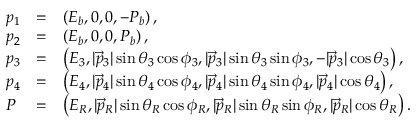
\begin{array} { l c l } { { p _ { 1 } } } & { { = } } & { { \left( E _ { b } , 0 , 0 , - P _ { b } \right) , } } \\ { { p _ { 2 } } } & { { = } } & { { \left( E _ { b } , 0 , 0 , P _ { b } \right) , } } \\ { { p _ { 3 } } } & { { = } } & { { \left( E _ { 3 } , | \vec { p } _ { 3 } | \sin \theta _ { 3 } \cos \phi _ { 3 } , | \vec { p } _ { 3 } | \sin \theta _ { 3 } \sin \phi _ { 3 } , - | \vec { p } _ { 3 } | \cos \theta _ { 3 } \right) , } } \\ { { p _ { 4 } } } & { { = } } & { { \left( E _ { 4 } , | \vec { p } _ { 4 } | \sin \theta _ { 4 } \cos \phi _ { 4 } , | \vec { p } _ { 4 } | \sin \theta _ { 4 } \sin \phi _ { 4 } , | \vec { p } _ { 4 } | \cos \theta _ { 4 } \right) , } } \\ { { P } } & { { = } } & { { \left( E _ { R } , | \vec { p } _ { R } | \sin \theta _ { R } \cos \phi _ { R } , | \vec { p } _ { R } | \sin \theta _ { R } \sin \phi _ { R } , | \vec { p } _ { R } | \cos \theta _ { R } \right) . } } \end{array}